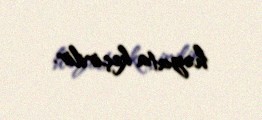
həyata keçirilir.